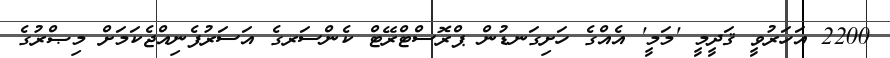
2200 އަހަރުވީ ޤަދީމީ 'މަމީ' އެއްގެ ހަށިގަނޑުން ޕްރޮސްޓްރޭޓް ކެންސަރގެ އަސަރުފެނިއްޖެކަމަށް މިޞްރުގެ